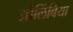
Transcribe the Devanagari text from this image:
ओलिंबिया